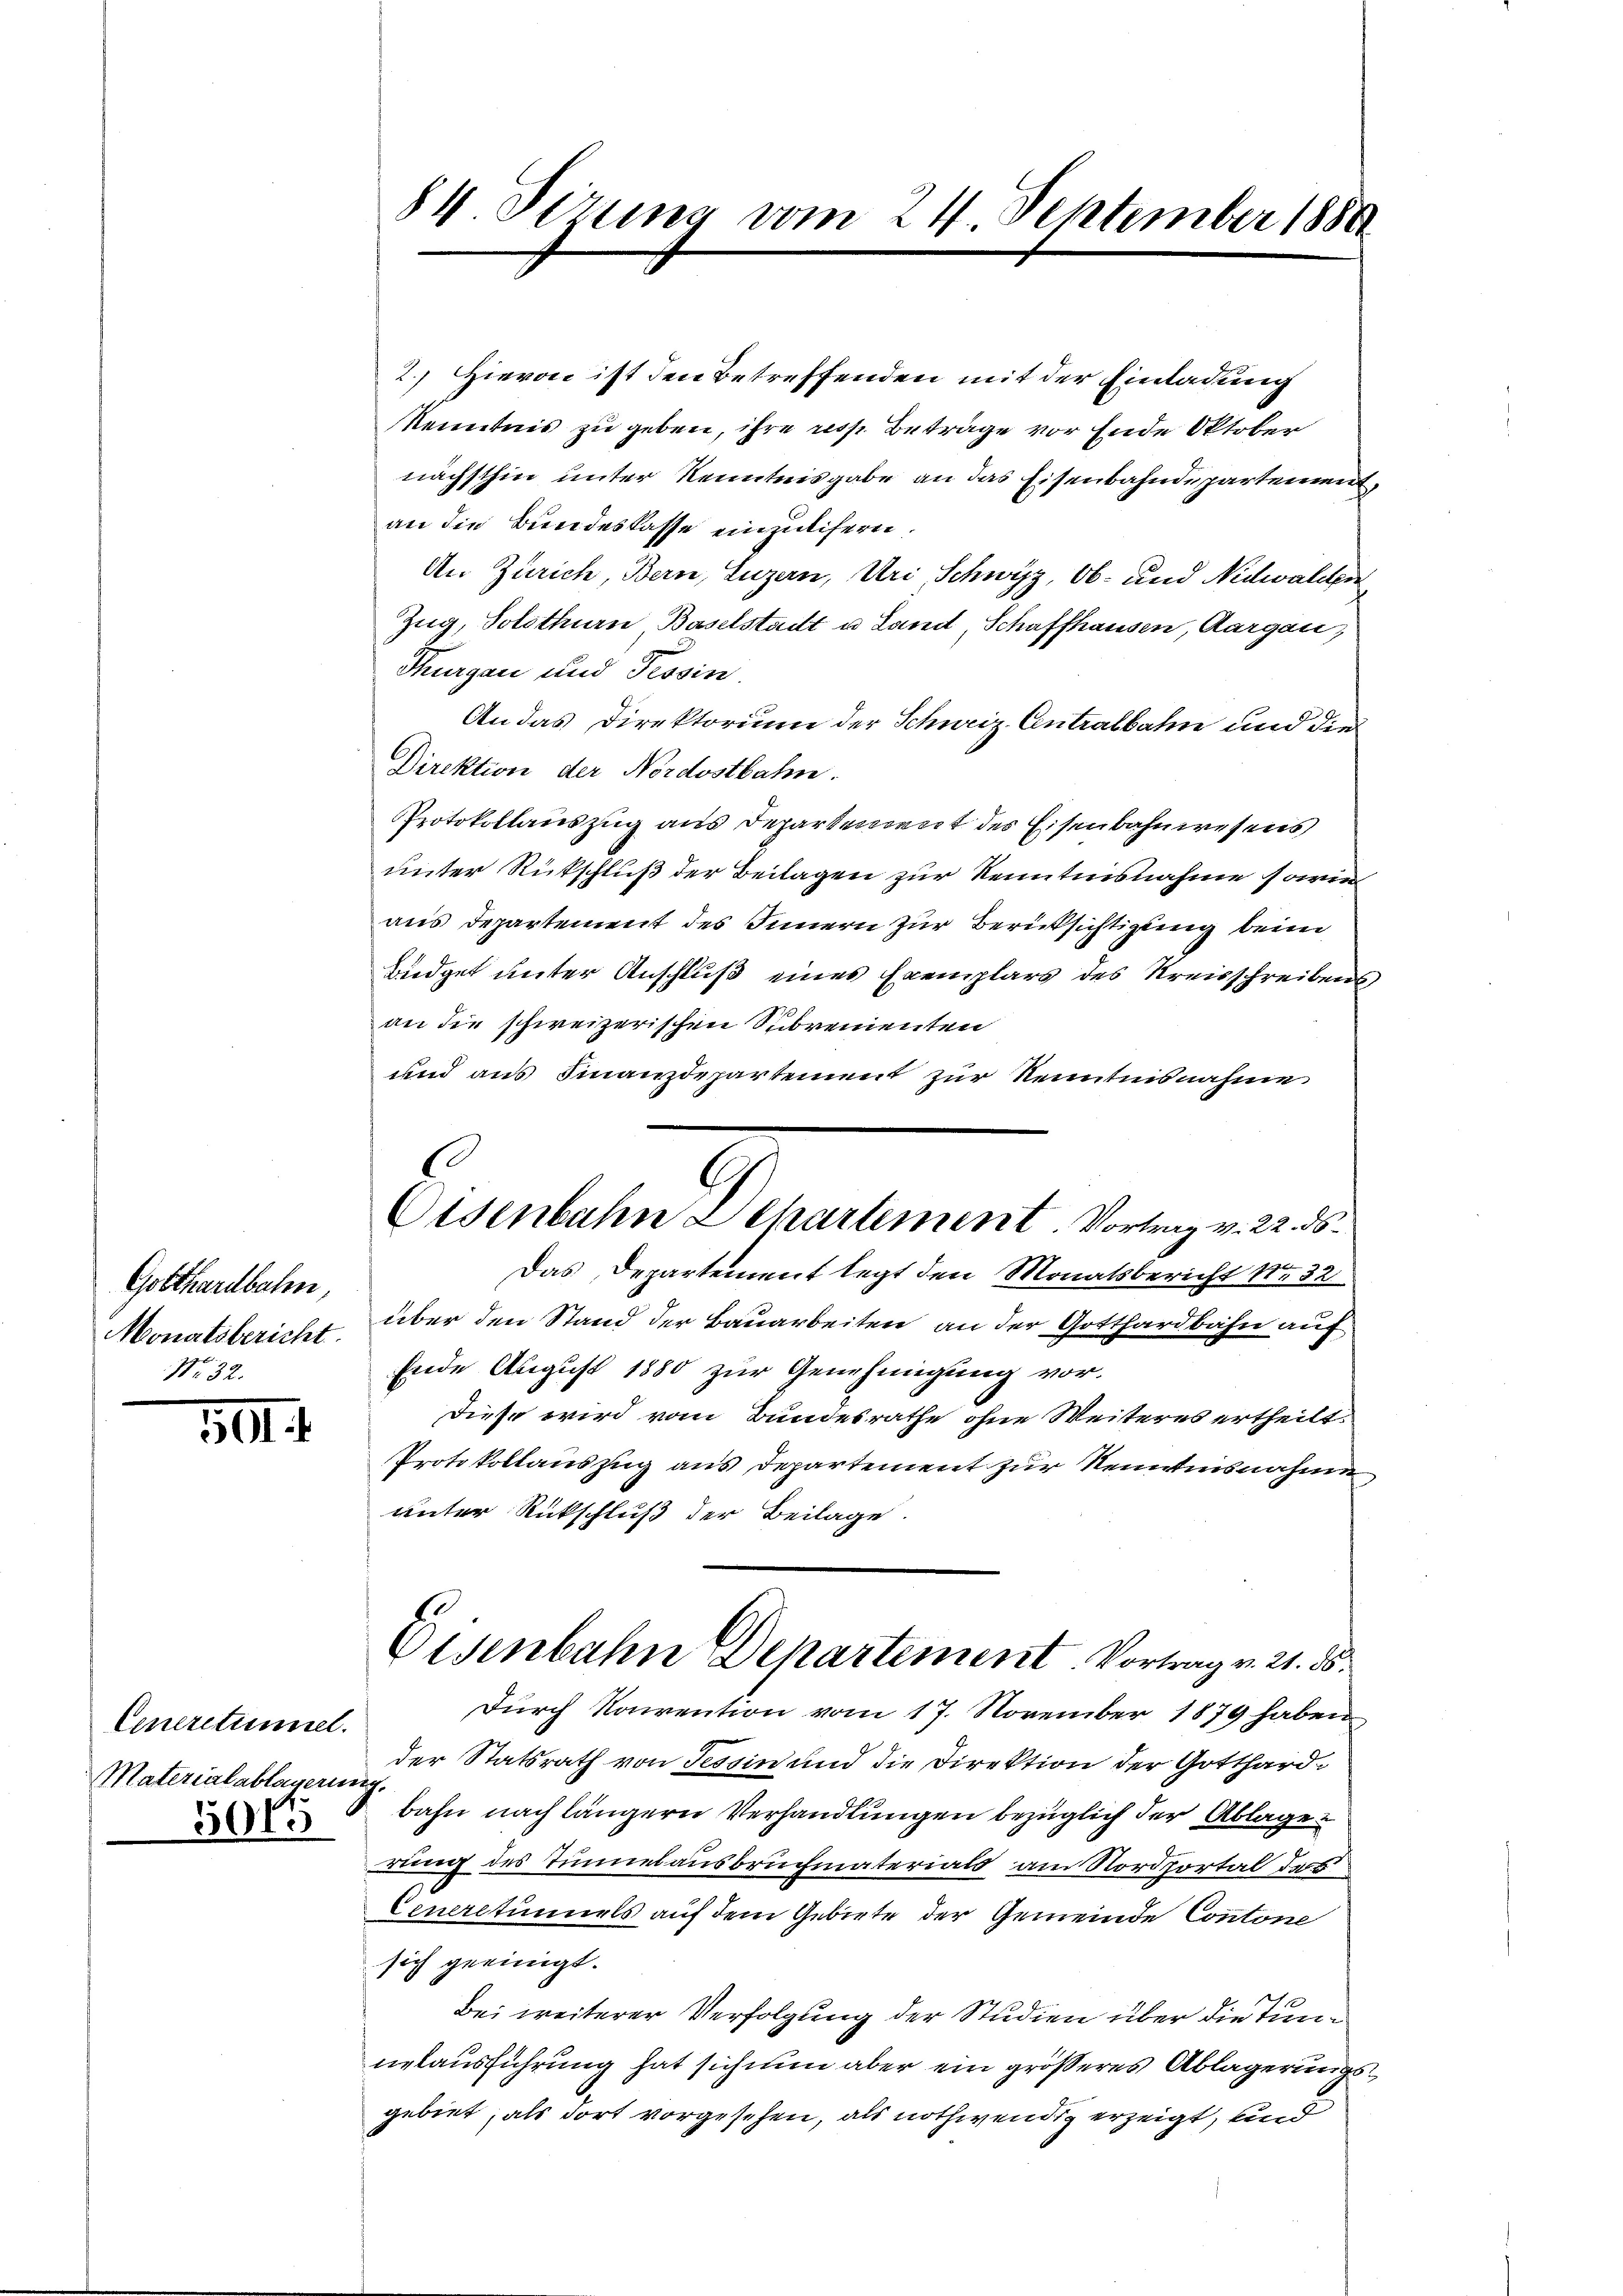
Gotthardbahn,
Monatsbericht.
No. 32.

501

Generatumsel
Materialablauerin
3915

84 Sirung vom 24. September 1880

Eisenbahn Departement. Vortrag v. 22. ds.

2.) Hievon ist den Betreffenden mit der Einladung
Kenntnis zu geben, ihre resp. Beträge vor Ende Oktober
nächsthin unter Kenntnisgabe an das Eisenbahndepartemen
an die Bundeskasse einzulifern
An Zürich, Bern, Luzern, Uri, Schwyz, Ob- und Nidwalden
Zug, Solothurn Baselstadt u. Land, Schaffhausen, Aargau,
Thurgau und Tessin.
An das Direktorium der Schuriz Centralbahn und die
Direktion der Nordostbahn.
Protokollauszug aus Departement des Eisenbahnwesens
unter Rückschluß der Beilagen zur Kenntnisnahme sowie
aus Departement des Innern zur Berücksichtigung beim
Büdget unter Anschluß eines Exemplars des Kreisschreiben
an die schweizerischen Subrementen
und aus Finanzdepartement zur Kenntnisnahme
Das Departement legt den Monatsbericht No 32
über den Stand der Bauarbeiten an der Gotthardbahn auf
Ende August 1880 zur Genehmigung vor.
Diese wird vom Bundesrathe ohne Weiteres ertheilt.
Protokollauszug aus Departement zur Kenntnisnahme
unter Rückschluß der Beilage.
Eisenbahn Departement Vortrag v. 21. ds.
Durch Konvention vom 17. November 1879 haben
der Statsrath von Tessin und die Direktion der Gotthardi.
bahn nach längern Verhandlungen bezüglich der Ablage
rung des Tunnesausbruchmaterials am Nordportal des
Ceneraturels auf dem Gebiete der Gemeinde Contone
sich geeinigt.
Bei weiterer Verfolgung der Studien über die Tunnelausführung hat sich nun aber ein größeres Ablagerungsgebiet, als dort vorgesehen, als nothwendig erzeigt, und

2